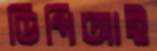
ডিপিআই